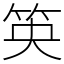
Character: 䇦